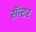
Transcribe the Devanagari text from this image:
सॅन्टर